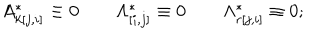
LaTeX: A _ { k [ j , i ] } ^ { * } \equiv 0 \qquad \Lambda _ { [ i , j ] } ^ { * } \equiv 0 \qquad \Lambda _ { r [ j , i ] } ^ { * } \equiv 0 ;